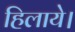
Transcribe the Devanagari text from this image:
हिलाये।